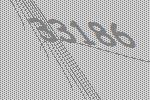
33186